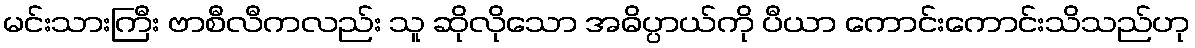
မင်းသားကြီး ဗာစီလီကလည်း သူ ဆိုလိုသော အဓိပ္ပာယ်ကို ပီယာ ကောင်းကောင်းသိသည်ဟု